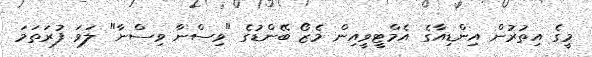
މީގެ އިތުރުން އިންޑިއާގެ އެމްޓީވީއިން މެޒޯ ބޭންޑުގެ "ވިސްނާ ވިސްނާ" ލަވަ ފުރަތަމަ